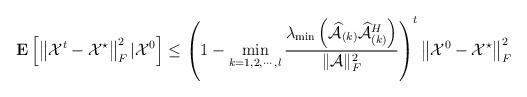
LaTeX: \begin{align*}\mathbf{E}\left[\left\|\mathcal{X}^{t}-\mathcal{X}^{\star}\right\|_{F}^{2}|\mathcal{X}^{0}\right]\leq\left(1-\mathop{\min}_{k=1,2,\cdots,l}\frac{\lambda_{\min}\left(\widehat{\mathcal{A}}_{(k)}\widehat{\mathcal{A}}^{H}_{(k)}\right)}{\|\mathcal{A}\|_{F}^{2}}\right)^{t}\left\|\mathcal{X}^{0}-\mathcal{X}^{\star}\right\|_{F}^{2}\end{align*}